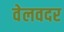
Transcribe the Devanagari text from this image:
वेलवदर